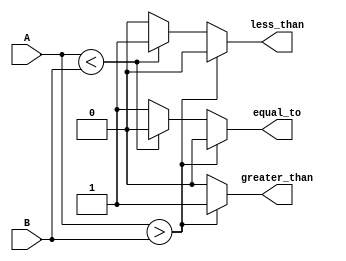
module magnitude_comparator #(parameter dataIN_width = 4) (
    input [dataIN_width - 1 : 0] A, B,
    output reg equal_to, greater_than, less_than
    );
    
 always @ (A, B)
 begin
    equal_to         <= 1'b0;
    greater_than     <= 1'b0;
    less_than        <= 1'b0;
    if (A > B)
        greater_than <= 1'b1;
    else if (A < B)
        less_than    <= 1'b1;
    else
        equal_to     <= 1'b1;
 end
endmodule